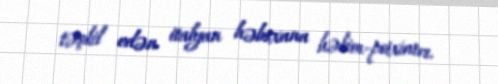
təşkil edən italyan həbsxana həkim-psixiatrı.